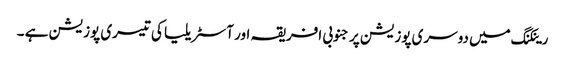
رینکنگ میں دوسری پوزیشن پر جنوبی افریقہ اور آسٹریلیا کی تیسری پوزیشن ہے ۔